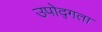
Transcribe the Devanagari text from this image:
उपोद्गता